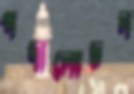
পদ্মলোচন